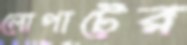
লোপাটের